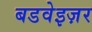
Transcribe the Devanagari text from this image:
बडवेइज़र